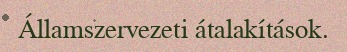
Államszervezeti átalakítások.